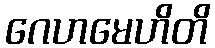
ဂေဟမေဟိတိ